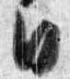
日